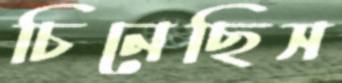
চিনেছিস